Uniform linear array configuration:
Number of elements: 64
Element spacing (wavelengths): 0.75
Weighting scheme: hann
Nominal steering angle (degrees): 45
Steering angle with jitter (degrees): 45.638
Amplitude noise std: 0.05
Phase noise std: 0.05

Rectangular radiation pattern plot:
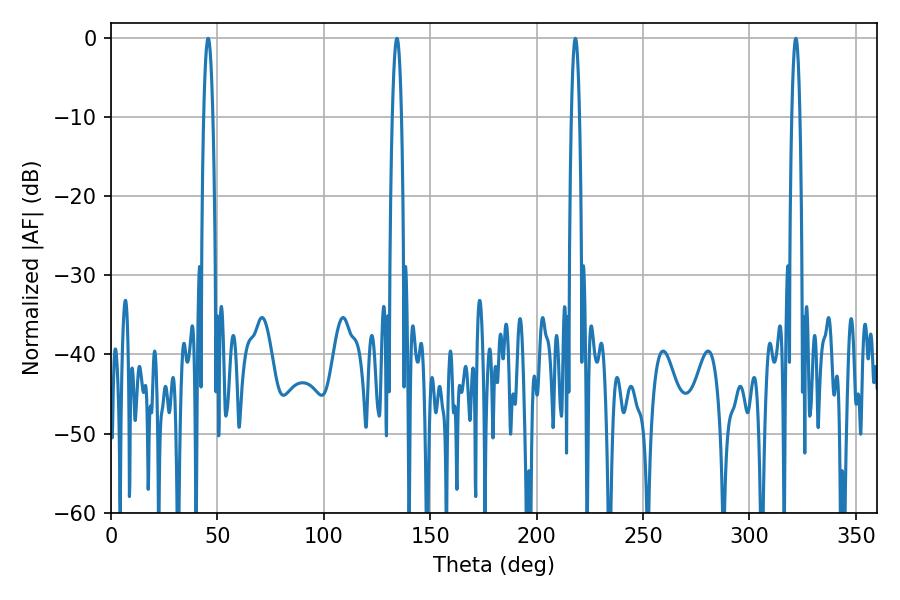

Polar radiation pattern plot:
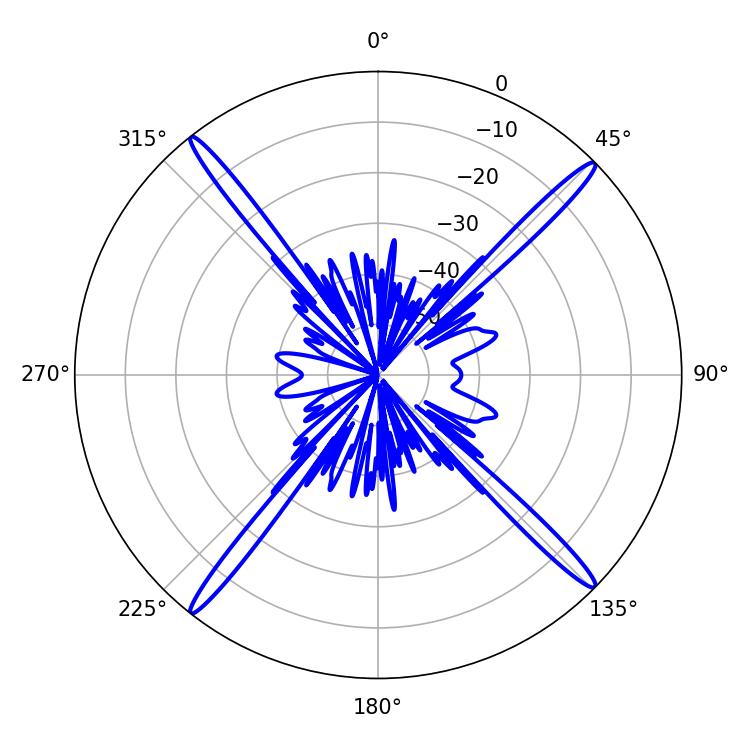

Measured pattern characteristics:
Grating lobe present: TRUE
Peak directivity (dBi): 21.238
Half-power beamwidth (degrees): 1.98
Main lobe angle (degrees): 218.16